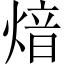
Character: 𤋾